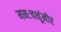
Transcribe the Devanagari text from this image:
मनःचक्षूंमोर